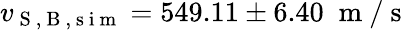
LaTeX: v_{\mathrm{~S~},\mathrm{~B~},\mathrm{~s~i~m~}}=549.11\pm 6.40\; \mathrm{~m~}/\mathrm{~s~}